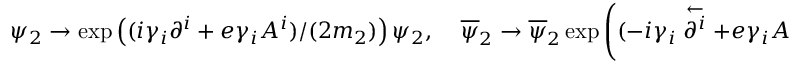
\psi _ { 2 } \rightarrow \exp \left( ( i \gamma _ { i } \partial ^ { i } + e \gamma _ { i } A ^ { i } ) / ( 2 m _ { 2 } ) \right) \psi _ { 2 } , \ \ \ \ \ \overline { { \psi } } _ { 2 } \rightarrow \overline { { \psi } } _ { 2 } \exp \left( ( - i \gamma _ { i } \stackrel { \leftarrow } { \partial ^ { i } } + e \gamma _ { i } A ^ { i } ) / ( 2 m _ { 2 } ) \right) .